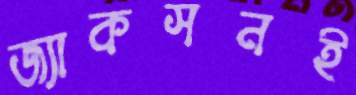
জ্যাকসনই